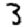
Digit: 3